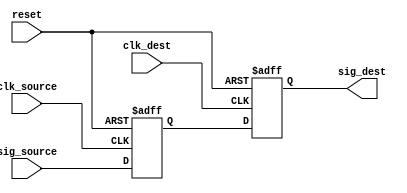
module SignalLevelCrossingSynchronizer #(
    parameter WIDTH = 1 // Width of the data signal to be synchronized
) (
    input  wire          clk_source,   // Clock signal from the source clock domain
    input  wire          clk_dest,     // Clock signal from the destination clock domain
    input  wire [WIDTH-1:0] sig_source, // Signal to be synchronized from the source domain
    input  wire          reset,        // Asynchronous reset signal
    output reg  [WIDTH-1:0] sig_dest    // Synchronized signal output to the destination domain
);

    reg [WIDTH-1:0] sig_sync_0; // Intermediate register for first flip-flop

    // First flip-flop - samples the incoming signal in the source clock domain
    always @(posedge clk_source or posedge reset) begin
        if (reset) begin
            sig_sync_0 <= {WIDTH{1'b0}}; // Reset to known state
        end else begin
            sig_sync_0 <= sig_source;     // Capture input signal
        end
    end

    // Second flip-flop - samples the output of the first flip-flop in the destination clock domain
    always @(posedge clk_dest or posedge reset) begin
        if (reset) begin
            sig_dest <= {WIDTH{1'b0}}; // Reset to known state
        end else begin
            sig_dest <= sig_sync_0;    // Capture sync signal
        end
    end

endmodule